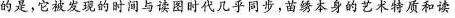
的是，它被发现的时间与读图时代几乎同步，苗骑本身的艺术质和读